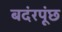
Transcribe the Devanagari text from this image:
बदंरपूंछ